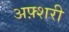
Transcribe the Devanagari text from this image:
अफ़्शरी